Reports on dispensaries and lunatic asylums in the Province of Oudh - 1869-1876
Year: 1869
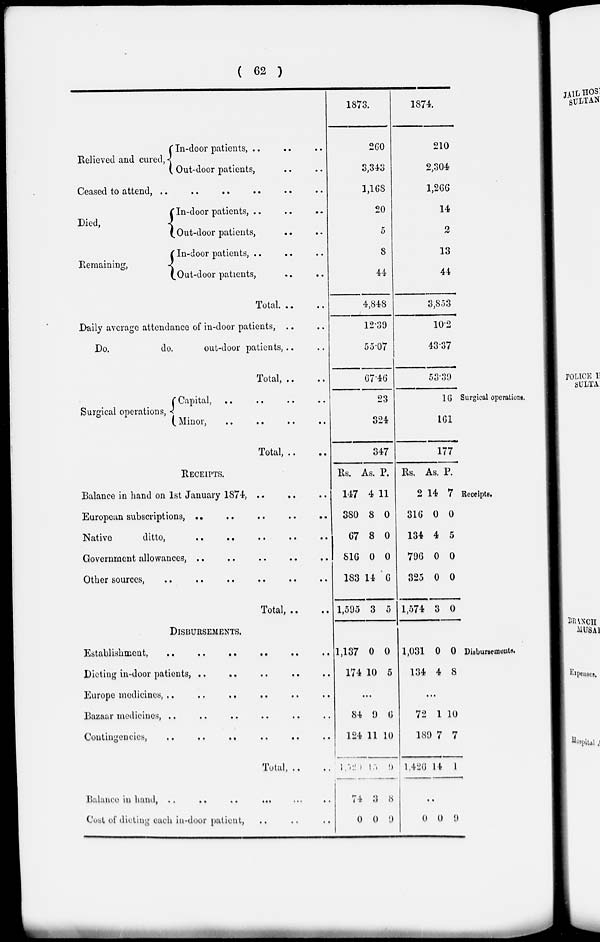
( 62 )
Relieved and cured,
In-door patients .. .. ..
Out-door patients, .. .. ..
Ceased to attend, .. .. .. .. .. ..
Died,
Remaining,
In-door patients, .. .. ..
Out-door patients, .. ..
In door patients .. .. ..
Out-door patients, .. ..
Total
..
..
Daily average attendance of in-door patients, .. ..
Do.
do.
out-door patients, .. ..
Total, .. ..
1873.
260
3,343
1,168
20
5
8
44
4,848
12.39
55.07
67.46
1874.
210
2,304
1,266
14
2
13
44
3,853
10.2
43.37
53.39
Surgical operations.
Surgical operations,
Capital,
..
..
..
..
Minor, .. .. .. ..
Total, .. ..
23
324
347
16
161
177
Receipts.
RECEIPTS.
Balance in hand on 1st January 1874, .. .. ..
European subscriptions,
..
..
..
..
..
Native
ditto,
..
.. .. .. ..
Government allowances, .. .. .. .. ..
Other sources, .. .. .. .. .. ..
Total, .. ..
Rs.
147
380
67
816
183
1,595
As.
4
8
8
0
14
3
P.
11
0
0
0
6
5
Rs.
2
316
134
796
325
1,574
As.
14
0
4
0
0
3
P.
7
0
5
0
0
0
Disbursements.
DISBURSEMENTS.
Establishment,
..
..
.. .. .. ..
Dieting in-door patients, .. .. .. .. ..
Europe medicines, .. .. .. .. .. ..
Bazaar medicines, .. .. .. .. .. ..
Contingencies, .. .. .. .. .. ..
Total, .. ..
Balance in hand, .. .. .. .. .. ..
Cost of dieting each in-door patient, .. .. ..
1,137
174
0
10
0
5
...
84
124
1,329
74
0
9
11
15
3
0
6
10
9
8
9
1,031
134
0
4
0
8
...
72
189
l,426
1
7
14
10
7
1
..
0 0 9